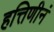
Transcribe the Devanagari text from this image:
हत्तिणीनं